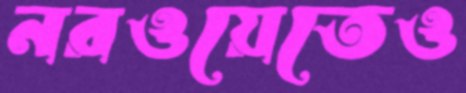
নরওয়েতেও